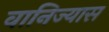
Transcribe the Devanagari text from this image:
वानिज्यास